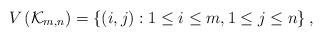
LaTeX: \begin{align*}V\left( \mathcal{K}_{m,n} \right)=\left\{ \left( i,j\right) :1\leq i\leq m,1\leq j\leq n\right\},\end{align*}